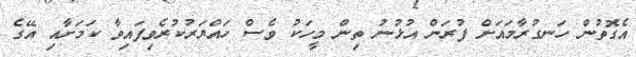
އެގޮތުން ހަނގުރާމައަށް ފުރަން އުޅުނު ތިން މީހަކު ވެސް ހައްޔަރުކުރެވިފައިވާ ކަމަށާއި އޭގެ